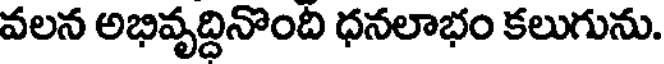
వలన అభివృద్దినొంది ధనలాభం కలుగును.